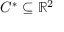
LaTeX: C ^ { * } \subseteq \mathbb { R } ^ { 2 }